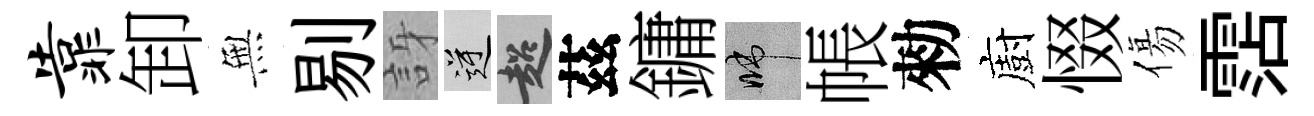
靠卸𭴾剔訝逆超茲鏞啼帳勑廚惙傷霑